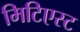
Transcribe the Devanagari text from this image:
मिटिएस्ट